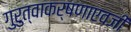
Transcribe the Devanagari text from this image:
गुरुत्वाकर्षणाएवजी